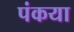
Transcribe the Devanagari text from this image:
पंकया